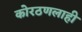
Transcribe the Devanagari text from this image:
कोरठणलाही